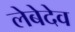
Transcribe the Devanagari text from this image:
लेबेदेव